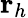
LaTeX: \textbf{r}_{h}